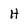
Character: H